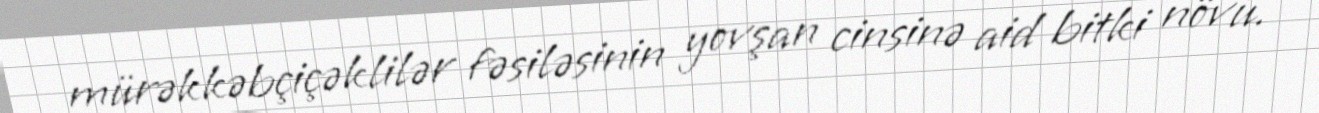
mürəkkəbçiçəklilər fəsiləsinin yovşan cinsinə aid bitki növü.